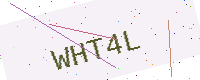
Text: WHT4L